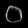
Digit: ၀